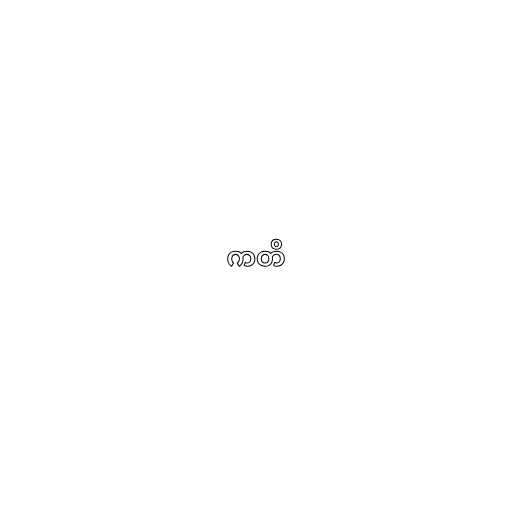
ကတိ